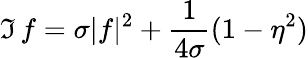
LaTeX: \Im\, f=\sigma|f|^{2}+{\frac{1}{4\sigma}}(1-\eta^{2})